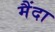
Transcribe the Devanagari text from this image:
मैंदा